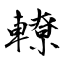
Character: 轑